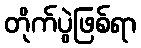
တိုက်ပွဲဖြစ်ရာ